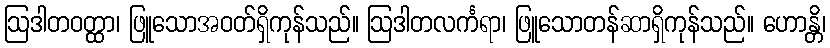
ဩဒါတဝတ္ထာ၊ ဖြူသောအဝတ်ရှိကုန်သည်။ ဩဒါတလင်္ကရာ၊ ဖြူသောတန်ဆာရှိကုန်သည်။ ဟောန္တိ၊